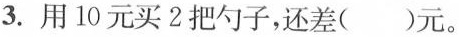
3.用10元买2把勺子，还差( )元。